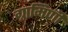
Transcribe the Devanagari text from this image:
ग्रामिणी